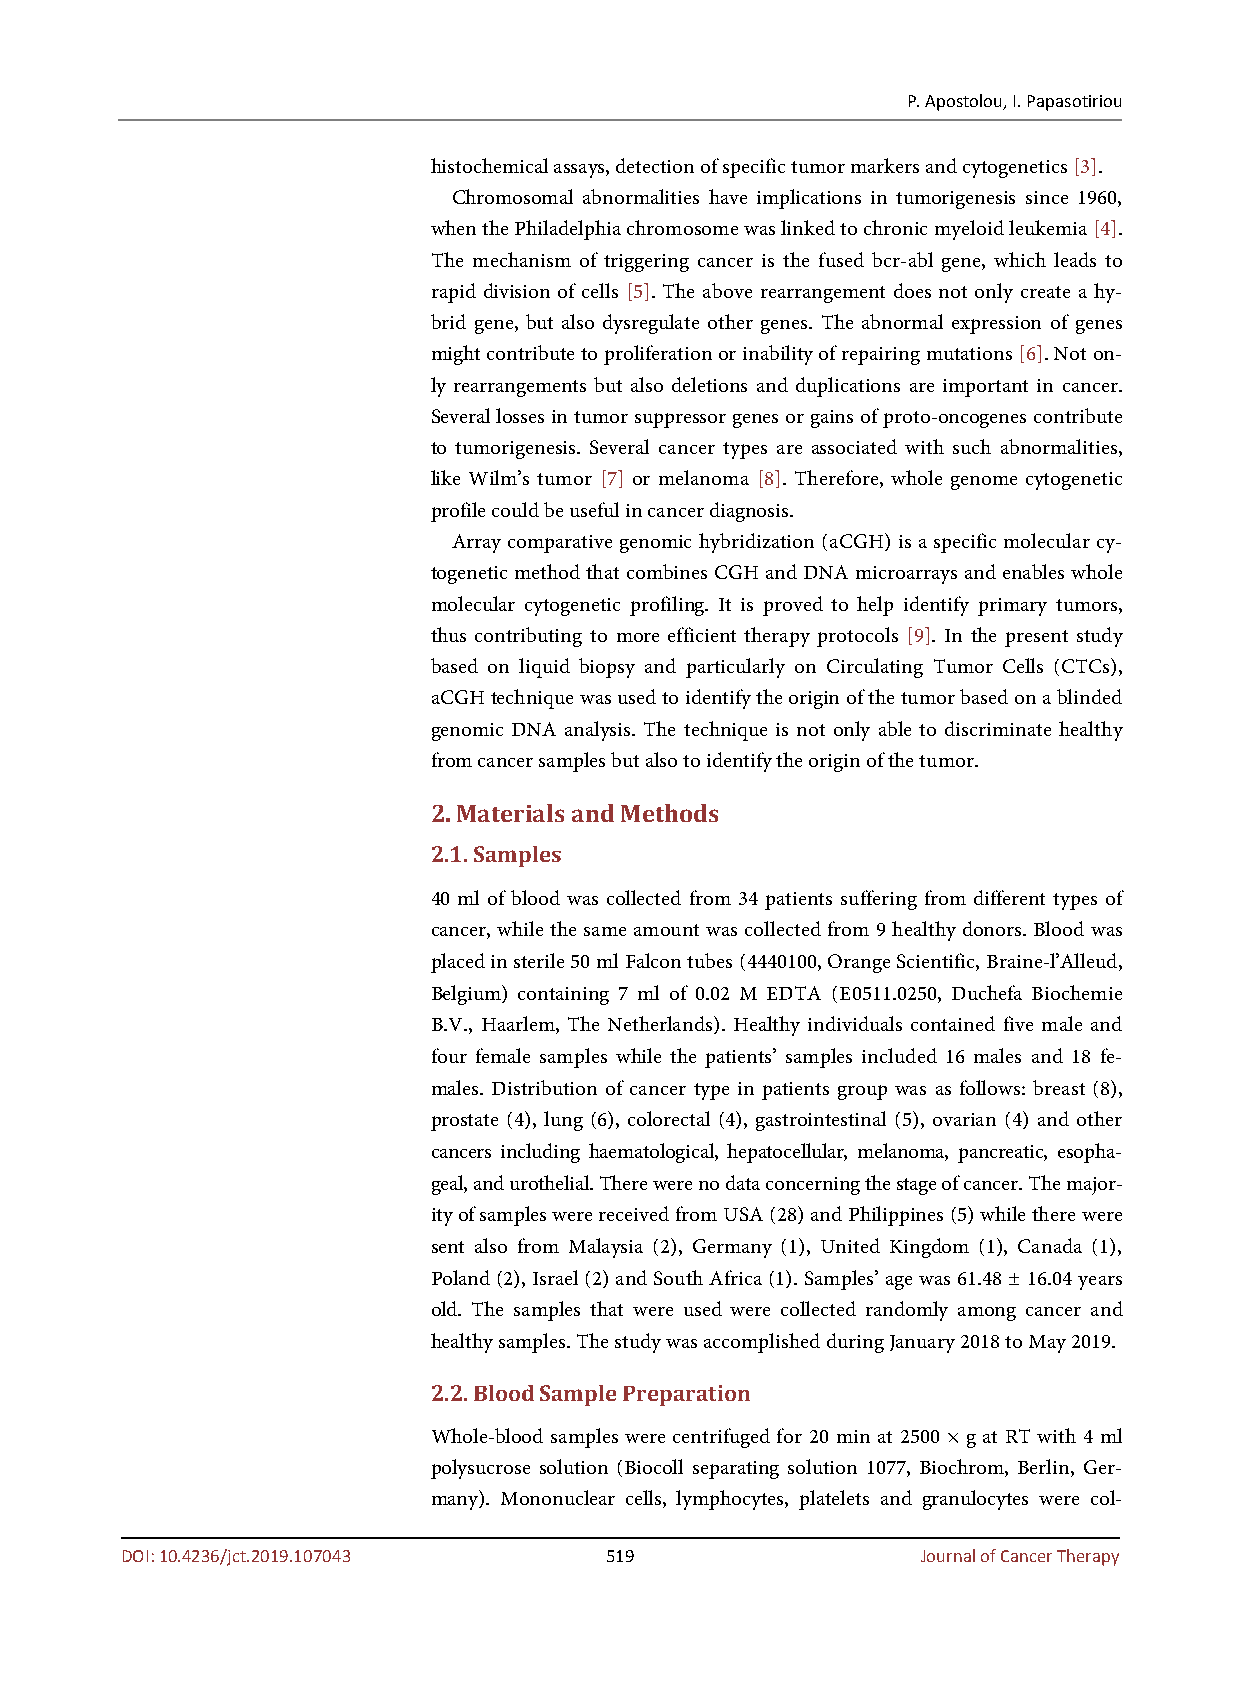
P. Apostolou, I. Papasotiriou
 histochemical assays, detection of specific tumor markers and cytogenetics [3].
 Chromosomal abnormalities have implications in tumorigenesis since 1960,
 when the Philadelphia chromosome was linked to chronic myeloid leukemia [4].
 The mechanism of triggering cancer is the fused bcr-abl gene, which leads to
 rapid division of cells [5]. The above rearrangement does not only create a hy-
 brid gene, but also dysregulate other genes. The abnormal expression of genes
 might contribute to proliferation or inability of repairing mutations [6]. Not on-
 ly rearrangements but also deletions and duplications are important in cancer.
 Several losses in tumor suppressor genes or gains of proto-oncogenes contribute
 to tumorigenesis. Several cancer types are associated with such abnormalities,
 like Wilm’s tumor [7] or melanoma [8]. Therefore, whole genome cytogenetic
 profile could be useful in cancer diagnosis.
 Array comparative genomic hybridization (aCGH) is a specific molecular cy-
 togenetic method that combines CGH and DNA microarrays and enables whole
 molecular cytogenetic profiling. It is proved to help identify primary tumors,
 thus contributing to more efficient therapy protocols [9]. In the present study
 based on liquid biopsy and particularly on Circulating Tumor Cells (CTCs),
 aCGH technique was used to identify the origin of the tumor based on a blinded
 genomic DNA analysis. The technique is not only able to discriminate healthy
 from cancer samples but also to identify the origin of the tumor.
 2. Materials and Methods
 2.1. Samples
 40 ml of blood was collected from 34 patients suffering from different types of
 cancer, while the same amount was collected from 9 healthy donors. Blood was
 placed in sterile 50 ml Falcon tubes (4440100, Orange Scientific, Braine-l’Alleud,
 Belgium) containing 7 ml of 0.02 M EDTA (E0511.0250, Duchefa Biochemie
 B.V., Haarlem, The Netherlands). Healthy individuals contained five male and
 four female samples while the patients’ samples included 16 males and 18 fe-
 males. Distribution of cancer type in patients group was as follows: breast (8),
 prostate (4), lung (6), colorectal (4), gastrointestinal (5), ovarian (4) and other
 cancers including haematological, hepatocellular, melanoma, pancreatic, esopha-
 geal, and urothelial. There were no data concerning the stage of cancer. The major-
 ity of samples were received from USA (28) and Philippines (5) while there were
 sent also from Malaysia (2), Germany (1), United Kingdom (1), Canada (1),
 Poland (2), Israel (2) and South Africa (1). Samples’ age was 61.48 ± 16.04 years
 old. The samples that were used were collected randomly among cancer and
 healthy samples. The study was accomplished during January 2018 to May 2019.
 2.2. Blood Sample Preparation
 Whole-blood samples were centrifuged for 20 min at 2500 × g at RT with 4 ml
 polysucrose solution (Biocoll separating solution 1077, Biochrom, Berlin, Ger-
 many). Mononuclear cells, lymphocytes, platelets and granulocytes were col-
 DOI: 10.4236/jct.2019.107043    519                  Journal of Cancer Therapy